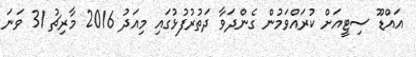
އައްޑޫ ސިޓީއަށް ކުރައްވަމުން ގެންދަވާ ދަތުރުފުޅުގައި މިއަދު 2016 މާރިޗު 31 ވަނަ